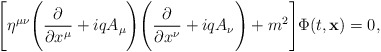
\begin{align*}\Biggl[\eta^{\mu \nu} \Biggl(\frac{\partial}{\partial x^{\mu}} + iq A_{\mu} \Biggr) \Biggl(\frac{\partial}{\partial x^{\nu}} + i qA_{\nu} \Biggr) + m^2 \Biggr] \Phi (t, {\bf x}) = 0, \end{align*}